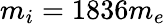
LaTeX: m_{i}=1836m_{e}